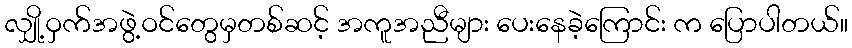
လျှို့ဝှက်အဖွဲ့ဝင်တွေမှတစ်ဆင့် အကူအညီများ ပေးနေခဲ့ကြောင်း က ပြောပါတယ်။